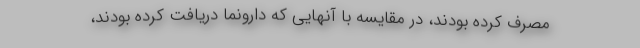
مصرف کرده بودند، در مقایسه با آنهایی که دارونما دریافت کرده بودند،